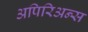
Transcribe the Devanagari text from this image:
अपिरिअन्स